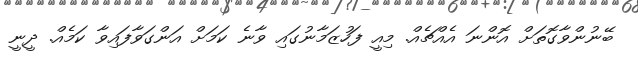
ބޭނުންވާގޮތަށް އޮންނަ އެއްޗެއް. މިއީ ފަހުޒަމާނުގައި ވާނެ ކަމަށް އަންގަވާފައިވާ ކަމެއް. ދީނީ